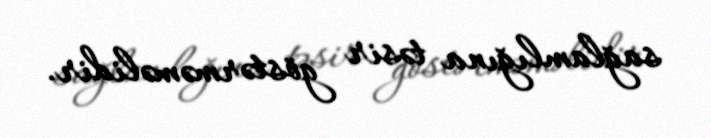
sağlamlığına təsir göstərməməlidir.